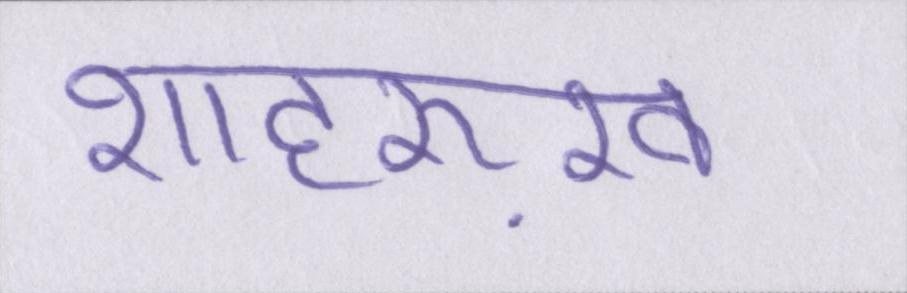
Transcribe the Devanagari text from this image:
शाहरुख़